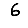
Digit: 6